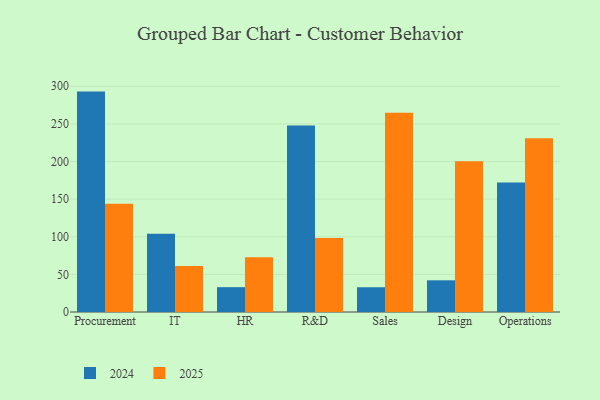
{"axis": {"x": "Department", "y": "Revenue (USD Million)"}, "legend": ["2024", "2025"], "data": [{"x": "Procurement", "y": 292.9, "type": "2024"}, {"x": "Procurement", "y": 144.0, "type": "2025"}, {"x": "IT", "y": 104.0, "type": "2024"}, {"x": "IT", "y": 61.1, "type": "2025"}, {"x": "HR", "y": 33.0, "type": "2024"}, {"x": "HR", "y": 72.7, "type": "2025"}, {"x": "R&D", "y": 247.8, "type": "2024"}, {"x": "R&D", "y": 98.5, "type": "2025"}, {"x": "Sales", "y": 32.9, "type": "2024"}, {"x": "Sales", "y": 264.9, "type": "2025"}, {"x": "Design", "y": 42.1, "type": "2024"}, {"x": "Design", "y": 200.4, "type": "2025"}, {"x": "Operations", "y": 172.2, "type": "2024"}, {"x": "Operations", "y": 230.9, "type": "2025"}]}